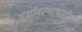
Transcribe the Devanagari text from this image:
पर्यावरणाचाही